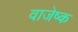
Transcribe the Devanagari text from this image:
वाजेष्क